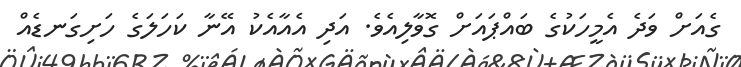
ގެއަށް ވަދެ އެމީހަކުގެ ބައްޕައަށް ގޮވާލިއެވެ. އަދި އެއާއެކު އޭނާ ކަހަލަގެ ހަށިގަނޑެއް